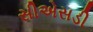
સીએસડી